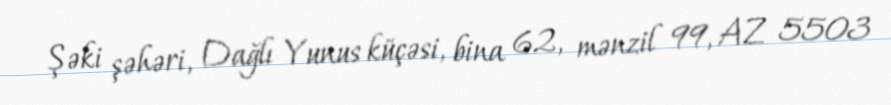
Şəki şəhəri, Dağlı Yunus küçəsi, bina 62, mənzil 99, AZ 5503